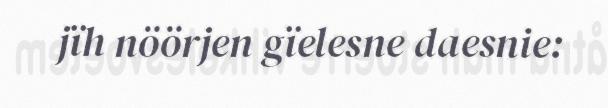
jïh nöörjen gïelesne daesnie: